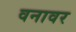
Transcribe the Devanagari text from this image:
वनावर